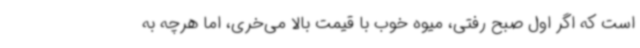
است که اگر اول صبح رفتی، میوه خوب با قیمت بالا می‌خری، اما هرچه به